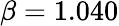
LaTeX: \beta=1.040